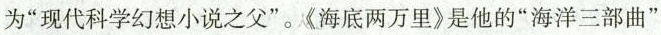
为”现代科学幻想小说之父”。《海底两万里》是他的”海洋三部曲”